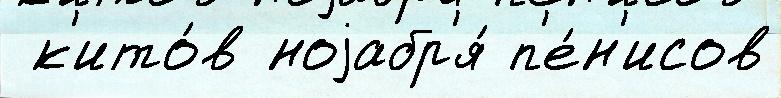
 к'ито́в ноjабр'я́ п'е́н'исов